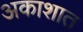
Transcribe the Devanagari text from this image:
अकाशात